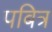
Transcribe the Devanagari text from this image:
पबित्र